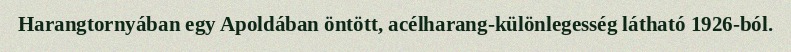
Harangtornyában egy Apoldában öntött, acélharang-különlegesség látható 1926-ból.